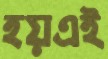
হয়এই